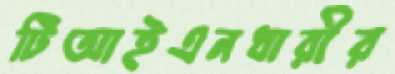
টিআইএনধারীর